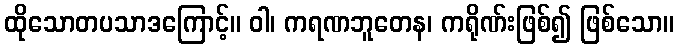
ထိုသောတပသာဒကြောင့်။ ဝါ၊ ကရဏဘူတေန၊ ကရိုဏ်းဖြစ်၍ ဖြစ်သော။